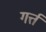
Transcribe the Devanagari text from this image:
गर्त्त